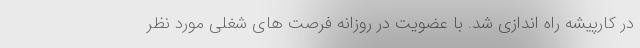
در کارپیشه راه اندازی شد. با عضویت در روزانه فرصت های شغلی مورد نظر